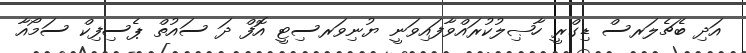
އަދި ބެޗެލަރސް ޑިގްރީ ހާޞިލުކުރައްވާފައިވަނީ ޔުނިވަރސިޓީ އޮފް ދަ ސައުތް ޕެސިފިކް ސަމޯއާ